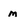
Character: m